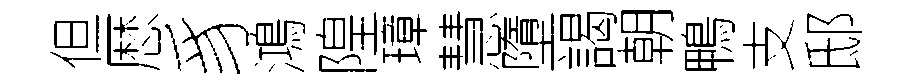
但厯豸鴻隍璋慧墮謁朝鴨支邸